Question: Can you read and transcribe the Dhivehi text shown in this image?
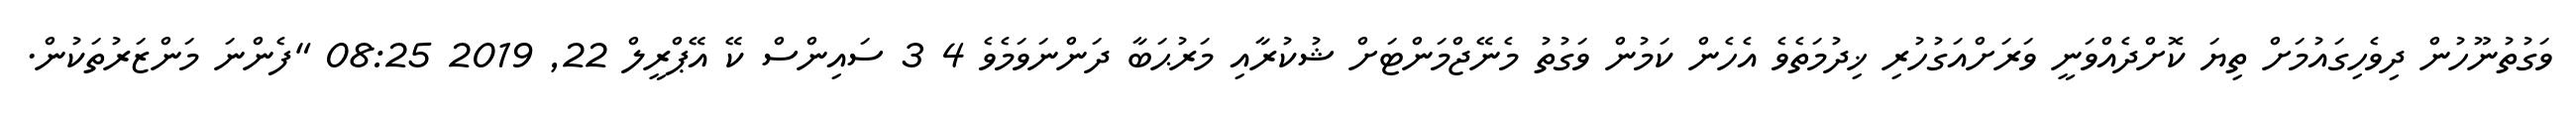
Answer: ވަގުތުނޫހުން ދިވެހިގައުމަށް ތިޔަ ކޮށްދެއްވަނީ ވަރަށްއަގުހުރި ޚިދުމަތެވެ އެހެން ކަމުން ވަގުތު މެނޭޖްމަންޓަށް ޝުކުރާއި މަރުޙަބާ ދަންނަވަމެވެ 4 3 ސައިންސް ކޭ އޭޕްރީލް 22, 2019 08:25 "ފެންނަ މަންޒަރުތަކުން.